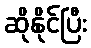
ဆိုနိုင်ပြီး